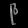
Digit: ၉